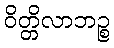
ဝိတ္တိလာဘဉ္စ